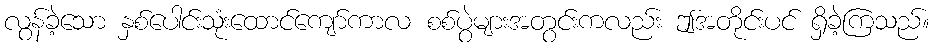
လွန်ခဲ့သော နှစ်ပေါင်းသုံးထောင်ကျော်ကာလ စစ်ပွဲများအတွင်းကလည်း ဤအတိုင်းပင် ရှိခဲ့ကြသည်။